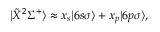
| \tilde { X } ^ { 2 } \Sigma ^ { + } \rangle \approx x _ { s } | 6 s \sigma \rangle + x _ { p } | 6 p \sigma \rangle ,